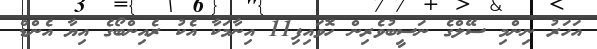
އަހަރު ނިންމި ސޭލްގެ ނަސީބުވެރިން ހޮވައިފި11 އިނާމަކާ އެކު ރެއިންބޯގެ އިޔާ އެންޑް